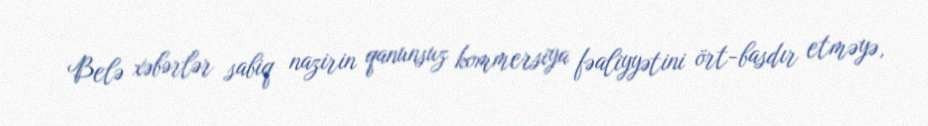
Belə xəbərlər sabiq nazirin qanunsuz kommersiya fəaliyyətini ört-basdır etməyə,